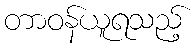
တာဝန်ယူရသည့်